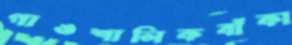
গাঙশালিকবাঁকা